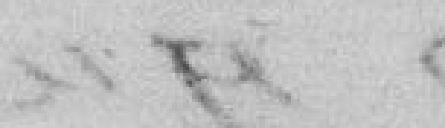
fait les jours, mois et au lieu devant.